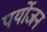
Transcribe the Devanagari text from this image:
पर्योजन